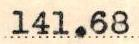
141.68